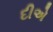
દીએ